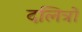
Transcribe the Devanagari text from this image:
दलित्रों